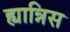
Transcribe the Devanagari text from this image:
ह्यान्निस